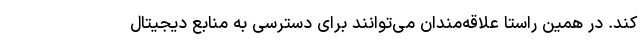
کند. در همین راستا علاقه‌مندان می‌توانند برای دسترسی به منابع دیجیتال